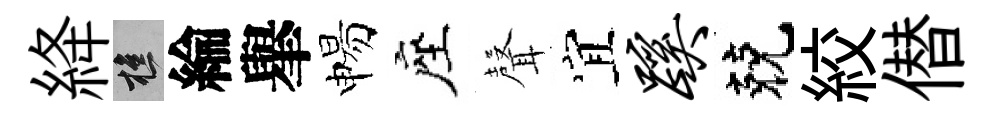
絳樵綸𦦙惕座𮋻宜蹊兢絞僣